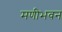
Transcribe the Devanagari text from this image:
मणीभवन